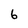
Character: 6